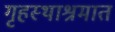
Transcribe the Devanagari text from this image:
गृहस्थाश्रमात